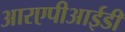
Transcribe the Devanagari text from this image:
आरएपीआईडी